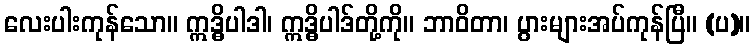
လေးပါးကုန်သော။ ဣဒ္ဓိပါဒါ၊ ဣဒ္ဓိပါဒ်တို့ကို။ ဘာဝိတာ၊ ပွားများအပ်ကုန်ပြီ။ (ပ)။